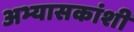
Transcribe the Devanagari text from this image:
अभ्यासकांशी